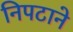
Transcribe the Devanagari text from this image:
निपटाने